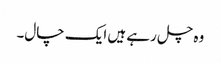
وہ چل رہے ہیں ایک چال۔